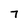
Character: 7